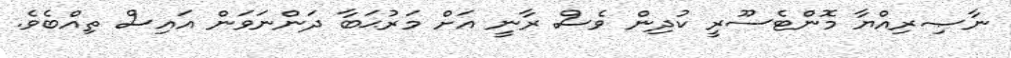
ނާޞިރިއްޔާ މޮންޓެސޫރީ ކުދިން ވެސް ރާނީ އަށް މަރުޙަބާ ދަންނަވަން އައިސް ތިއްބެވެ.